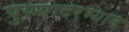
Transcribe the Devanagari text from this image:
पुण्यादरम्यान